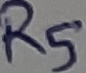
Text: R5